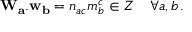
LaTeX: { \bf W _ { a } . w _ { b } } = n _ { a c } m _ { b } ^ { c } \in { \cal Z } ~ ~ ~ \forall a , b \, .